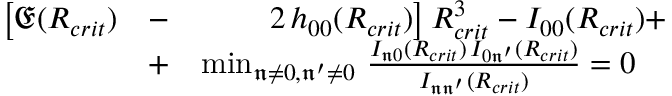
\begin{array} { r l r } { \big [ \mathfrak { E } ( R _ { c r i t } ) } & { - } & { 2 \, h _ { 0 0 } ( R _ { c r i t } ) \big ] \, R _ { c r i t } ^ { 3 } - I _ { 0 0 } ( R _ { c r i t } ) + } \\ & { + } & { \operatorname* { m i n } _ { \mathfrak { n } \ne 0 , \mathfrak { n ^ { \prime } } \ne 0 } \, \frac { I _ { \mathfrak { n } 0 } ( R _ { c r i t } ) \, I _ { 0 \mathfrak { n ^ { \prime } } } ( R _ { c r i t } ) } { I _ { \mathfrak { n } \mathfrak { n ^ { \prime } } } ( R _ { c r i t } ) } = 0 \quad } \end{array}